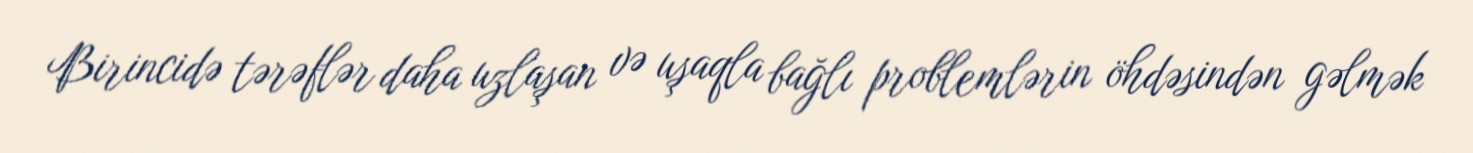
Birincidə tərəflər daha uzlaşan və uşaqla bağlı problemlərin öhdəsindən gəlmək